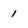
Character: 1